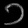
Digit: ၁